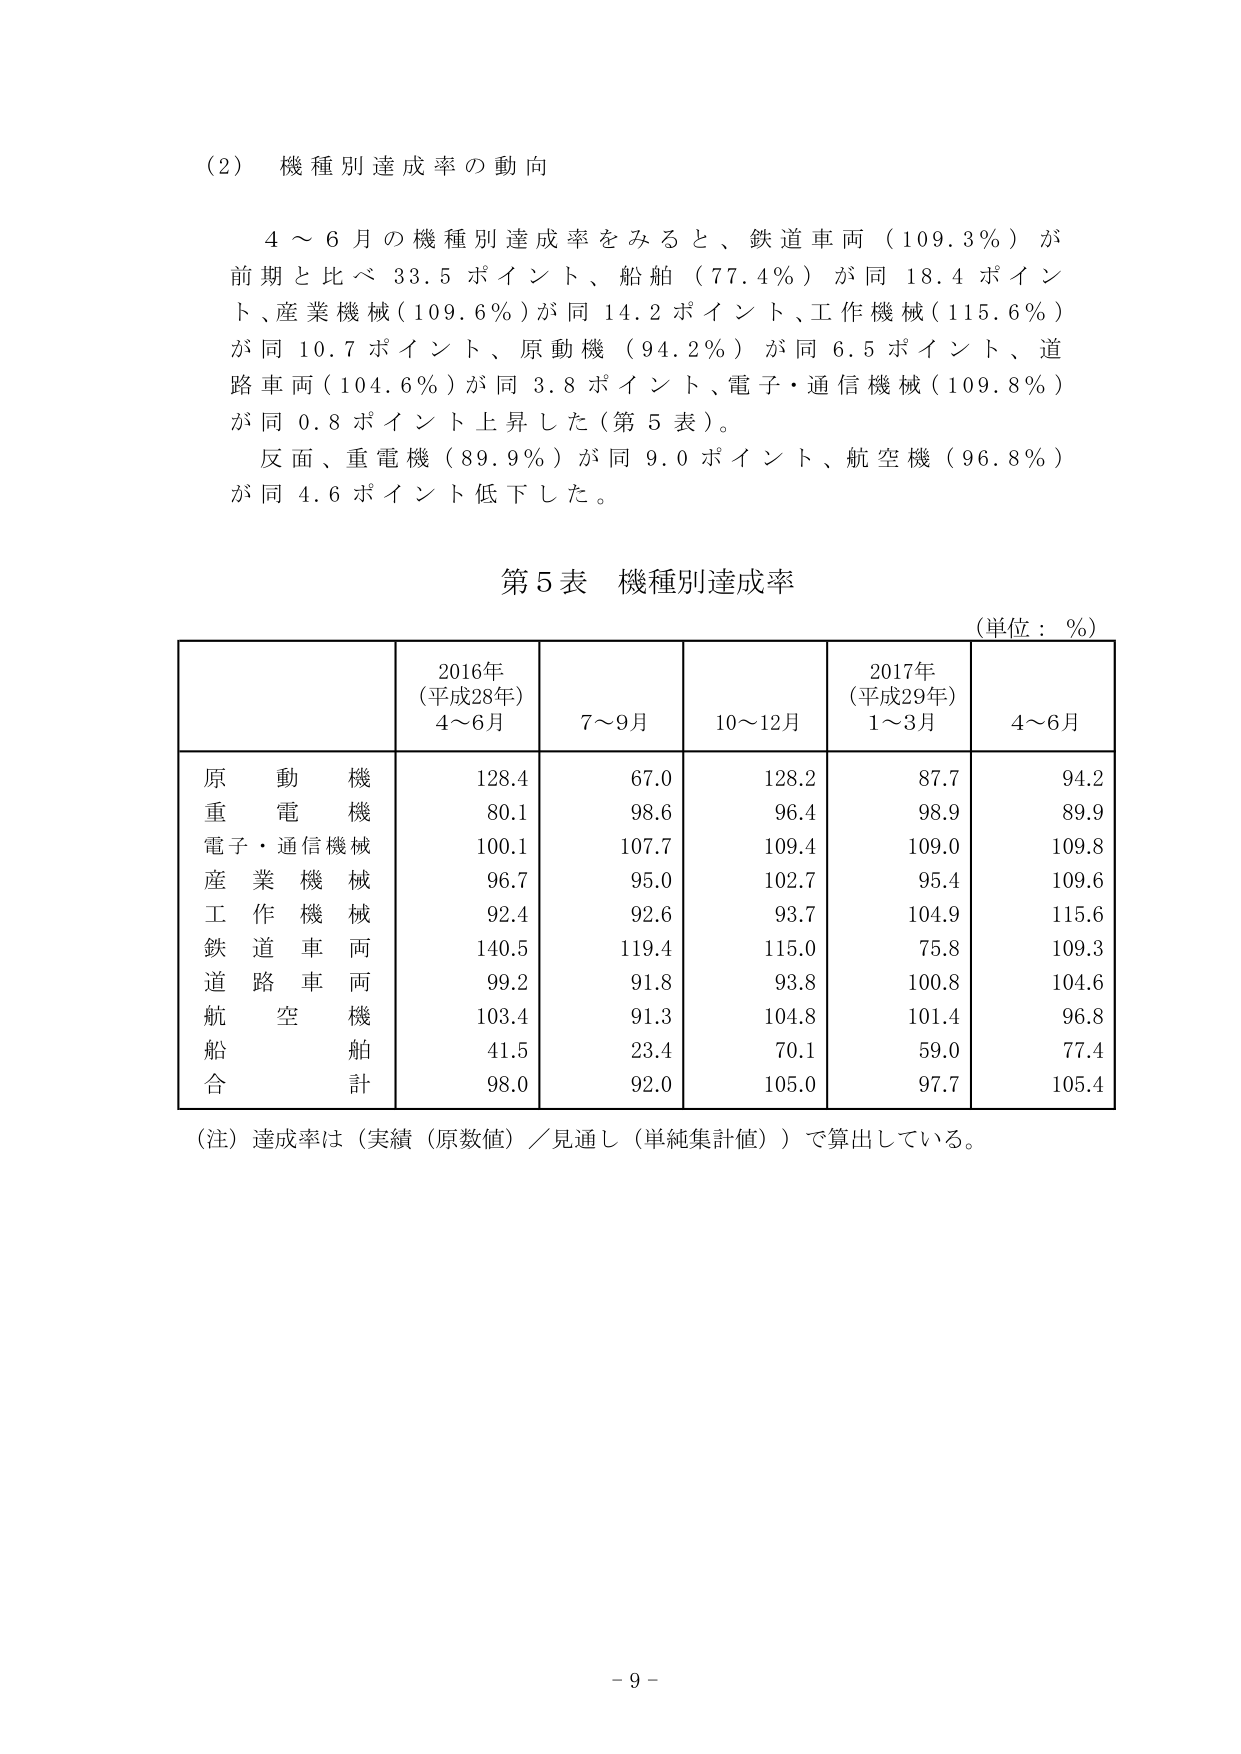
(2) 機種別達成率の動向

4～6月の機種別達成率をみると、鉄道車両（109.3％）が前期と比べ33.5ポイント、船舶（77.4％）が同18.4ポイント、産業機械（109.6％）が同14.2ポイント、工作機械（115.6％）が同10.7ポイント、原動機（94.2％）が同6.5ポイント、道路車両（104.6％）が同3.8ポイント、電子・通信機械（109.8％）が同0.8ポイント上昇した（第5表）。
反面、重電機（89.9％）が同9.0ポイント、航空機（96.8％）が同4.6ポイント低下した。

第5表 機種別達成率
（単位：％）

2016年
（平成28年）
4～6月    7～9月    10～12月    2017年
（平成29年）
1～3月    4～6月

原動機        128.4    67.0    128.2    87.7    94.2
重電機        80.1    98.6    96.4    98.9    89.9
電子・通信機械    100.1    107.7    109.4    109.0    109.8
産業機械        96.7    95.0    102.7    95.4    109.6
工作機械        92.4    92.6    93.7    104.9    115.6
鉄道車両        140.5    119.4    115.0    75.8    109.3
道路車両        99.2    91.8    93.8    100.8    104.6
航空機        103.4    91.3    104.8    101.4    96.8
船舶        41.5    23.4    70.1    59.0    77.4
合計        98.0    92.0    105.0    97.7    105.4

（注）達成率は（実績（原数値）／見通し（単純集計値））で算出している。

- 9 -